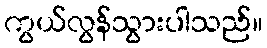
ကွယ်လွန်သွားပါသည်။